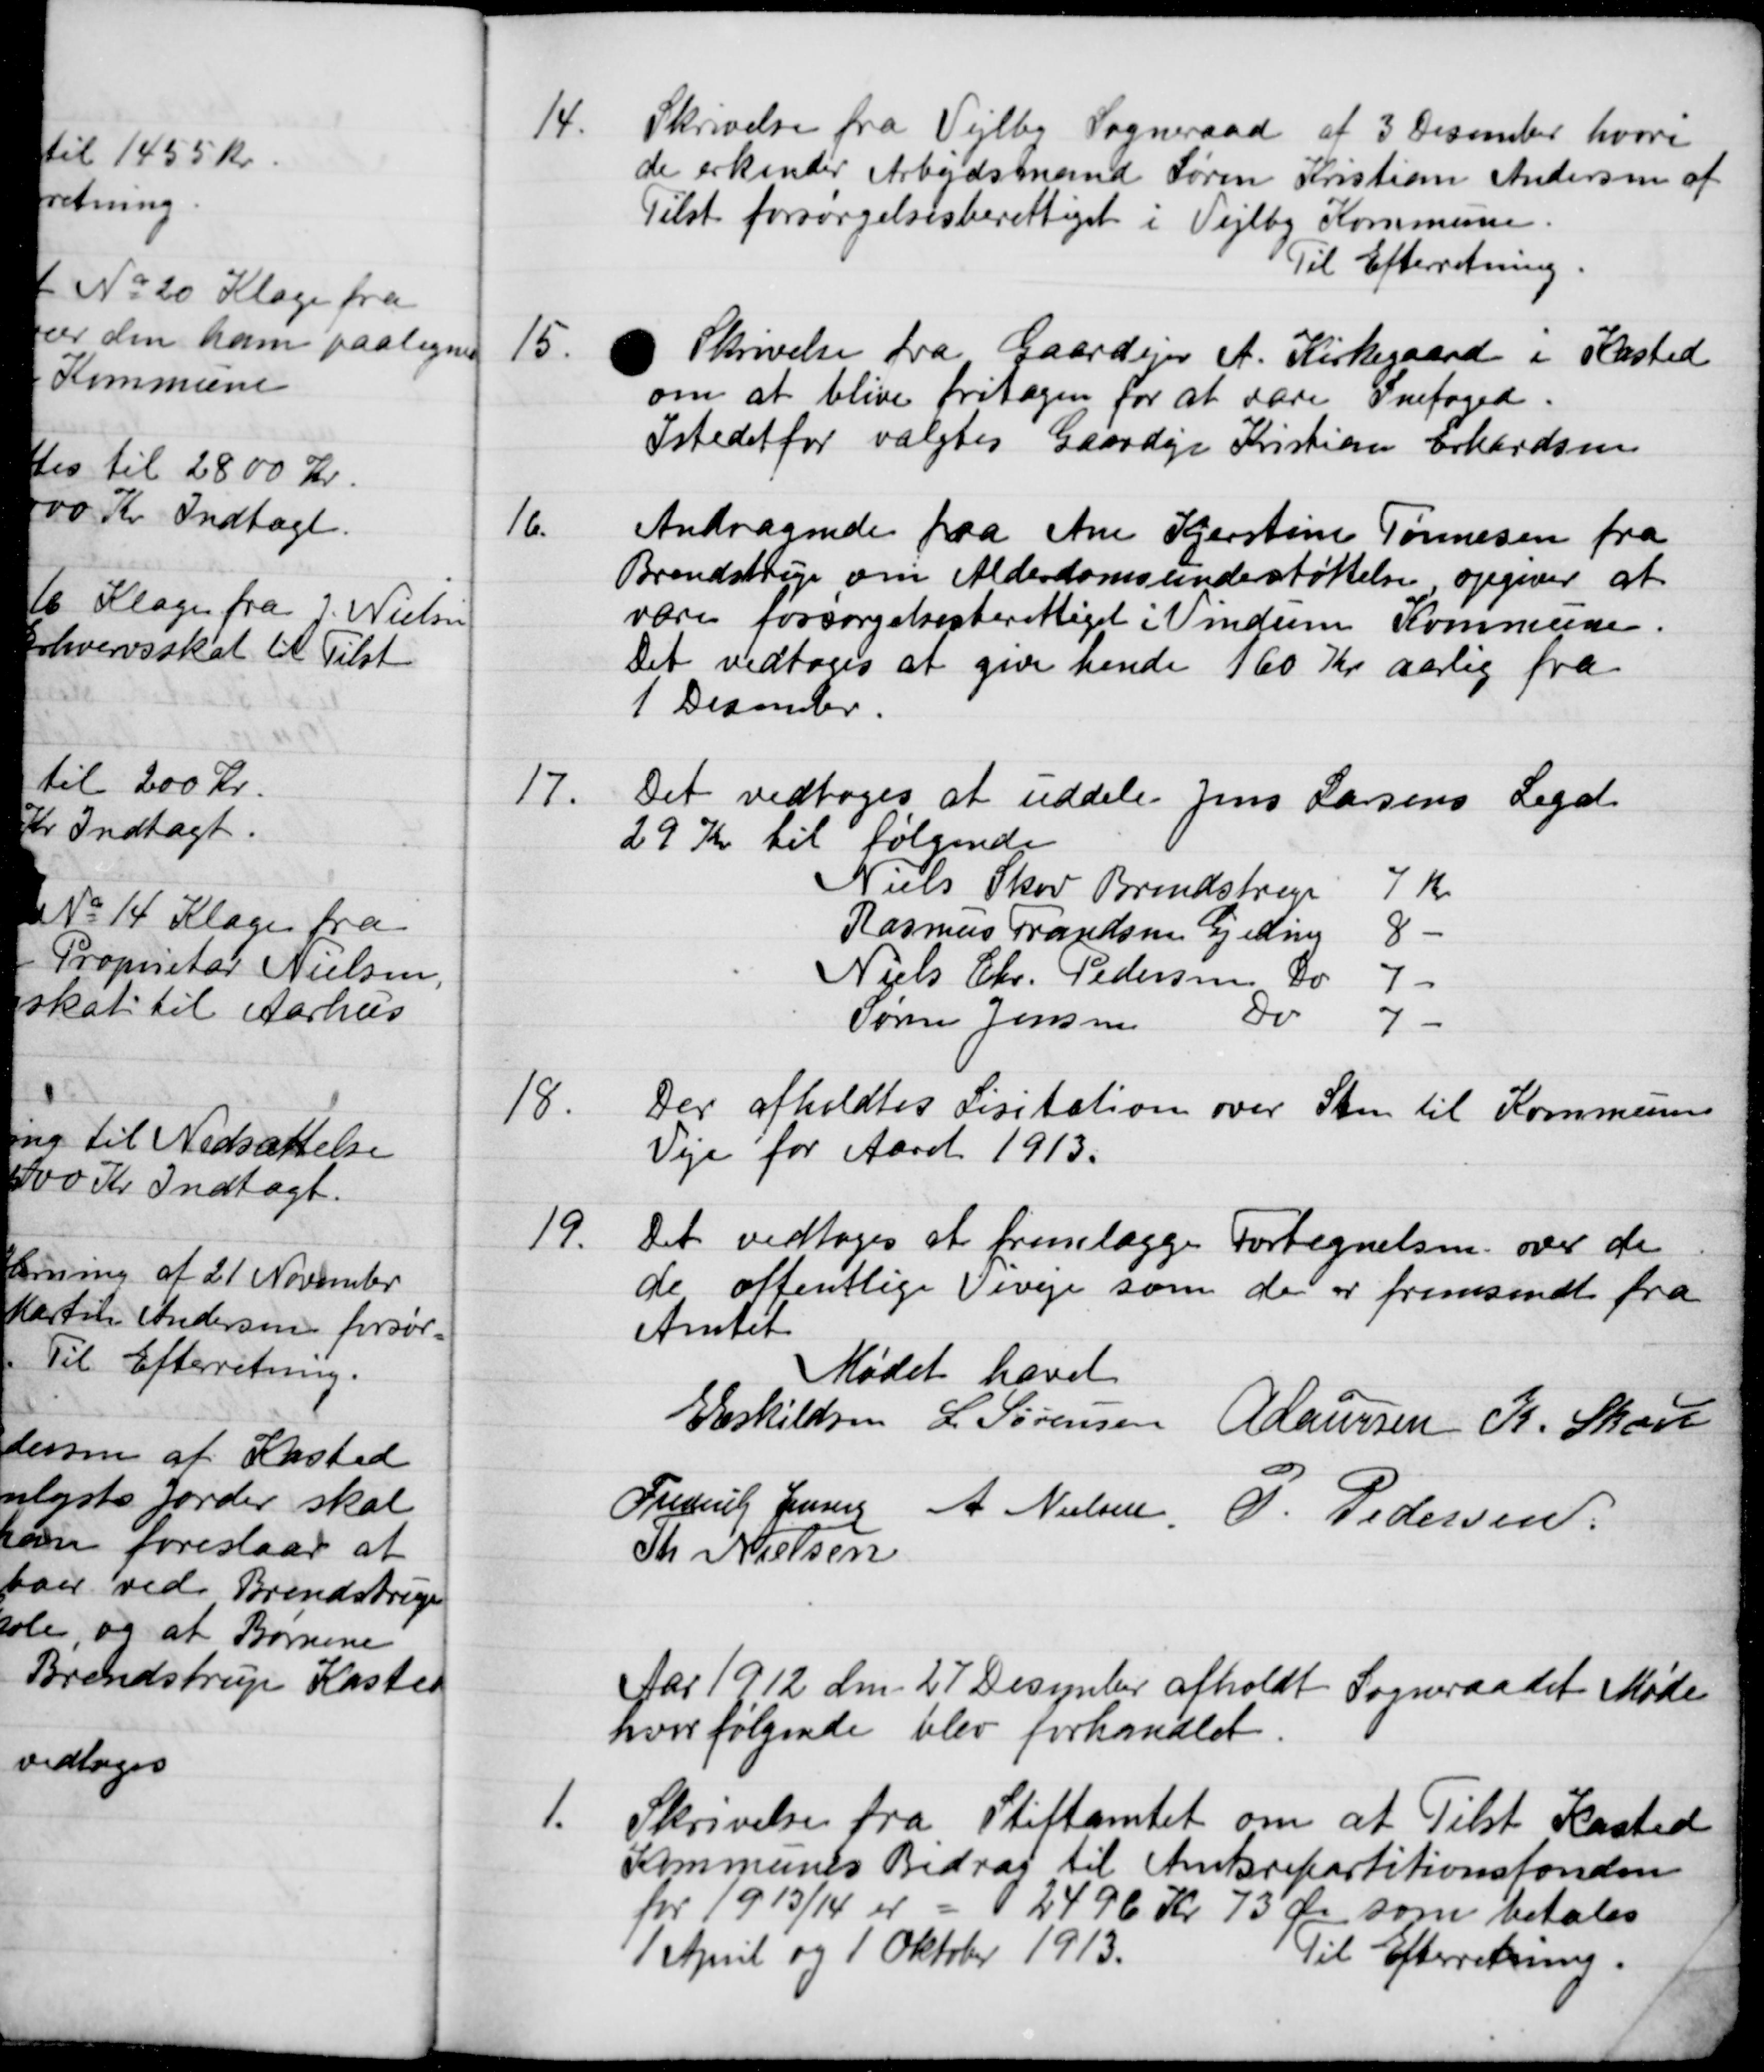
Transskription:
14.
Skrivelse fra Vejlby Sogneraad af 3 December hvori
de erkender Arbejdsmand Søren Kristian Andersen af
Tilst forsørgelsesberettiget i Vejlby Kommune.
Til Efterretning.
15.
Skrivelse fra Gaardejer A. Kirkegaard i Kasted
om at blive fritagen for at være Snefoged.
Istedet for valgtes Gaardejer Kristian Erhardsen
16.
Andragende fra Ane Kjerstine Tønnesen fra
Brendstrup om Alderdomsunderstøttelse, opgiver at
være forsørgelsesberettiget Vindum Kommune.
Det vedtoges at give hende 160 Kr aarlig fra
1 December.
17.
Det vedtoges at uddele Jens Larsens Legat
29 Kr til følgende
Niels Skov Brendstrup
7 Kr.
Rasmus Frandsen Gjeding
8
Niels Chr. Pedersen
Do
7 -
Søren Jensen
Do
7
18.
Der afholdtes Lisitation over Sten til Kommunens
Veje for Aaret 1913.
19.
Det vedtoges at fremlægge Fortegnelsen over de
de offentlige Viveje som de er fremsendt fra
Amtet
Mødet hævet
E Eskildsen
L. Sørensen
A. Laursen
K. Skou
Frederik Jensen
A. Nielsen,
P. Pedersen
Th. Nielsen
Aar 1912 den 27 December afholdt Sogneraadet Møde
hvor følgende blev forhandlet.
1.
Skrivelse fra Stiftamtet om at Tilst Kasted
Kommunes Bidrag til Amtsrepartitionsfonden
for 1913/14 er = 2496 Kr 73 Øre som betales
1 April og 1 Oktober 1913.
Til Efterretning.